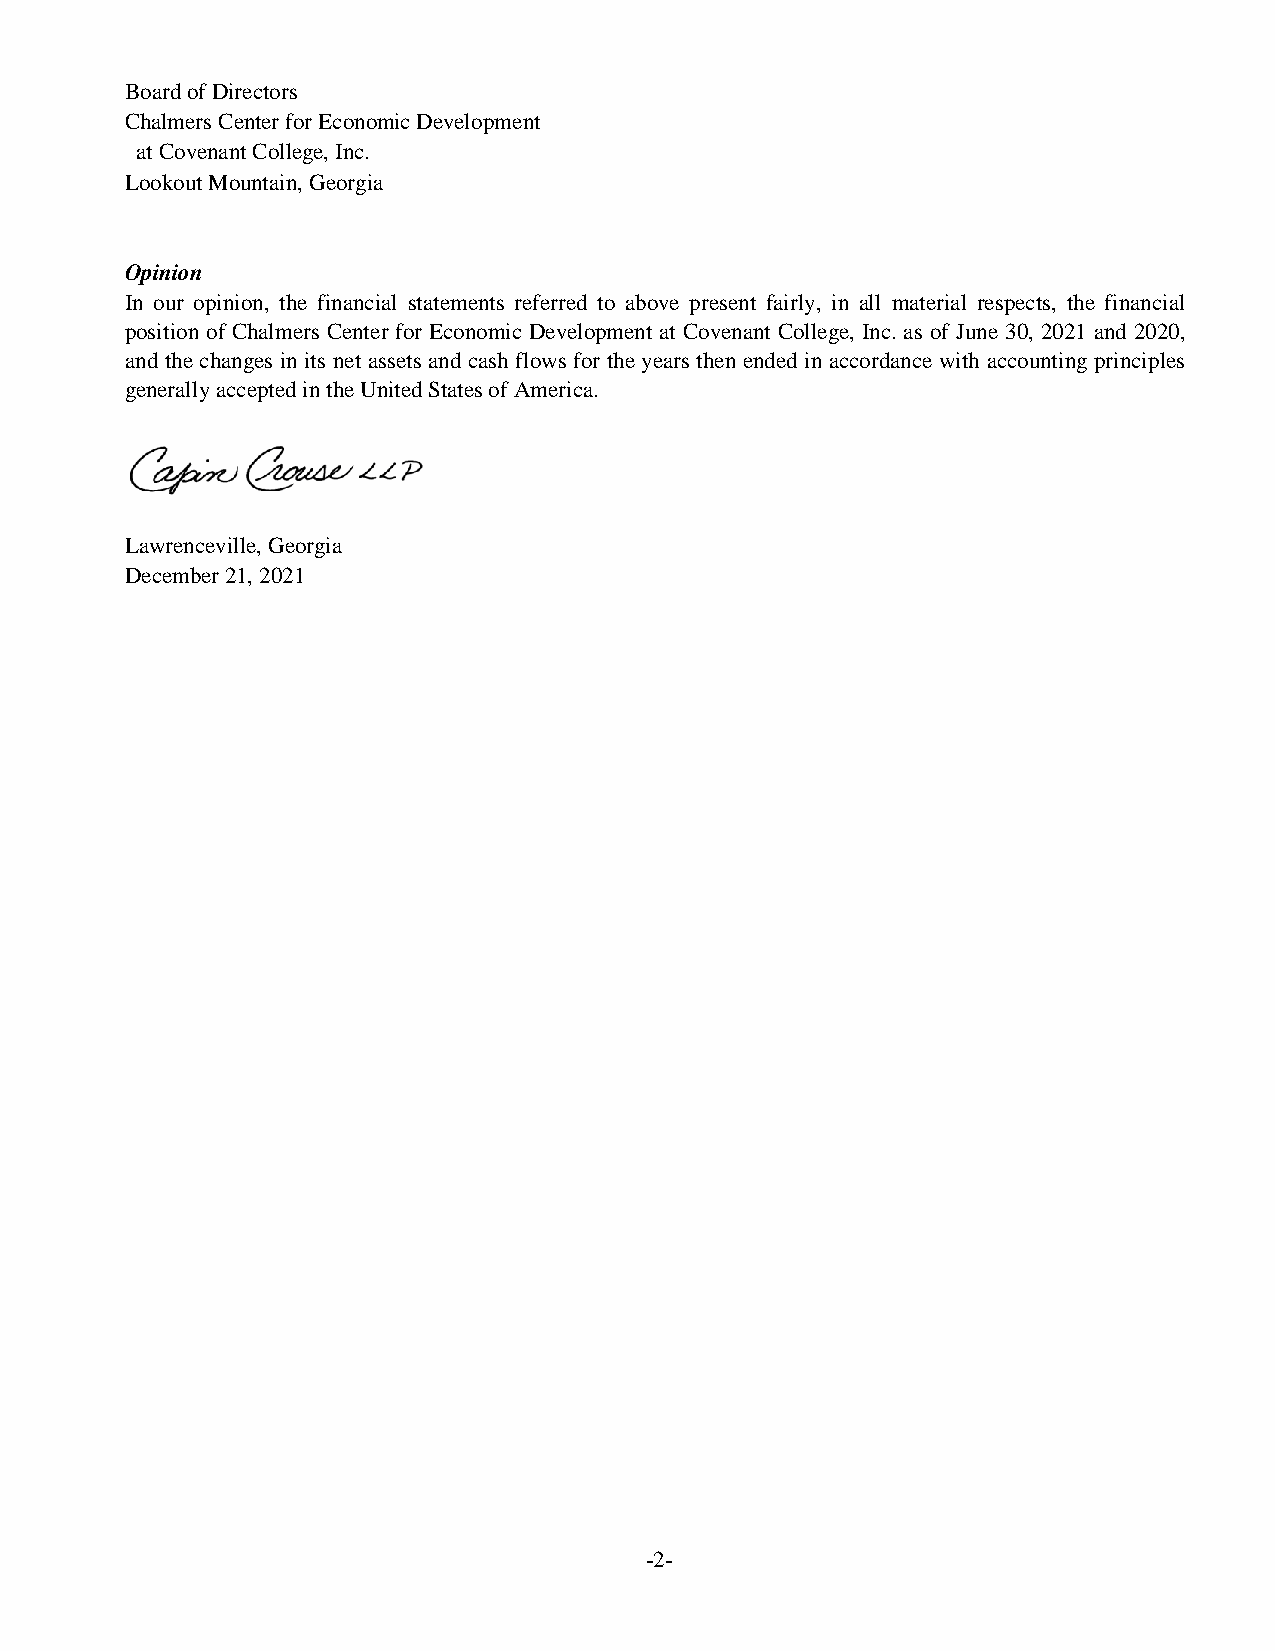
Board of Directors
 Chalmers Center for Economic Development
 at Covenant College, Inc.
 Lookout Mountain, Georgia
 Opinion
 In our opinion, the financial statements referred to above present fairly, in all material respects, the financial
 position of Chalmers Center for Economic Development at Covenant College, Inc. as of June 30, 2021 and 2020,
 and the changes in its net assets and cash flows for the years then ended in accordance with accounting principles
 generally accepted in the United States of America.
 Lawrenceville, Georgia
 December 21, 2021
 -2-